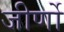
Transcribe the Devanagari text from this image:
जीर्णो